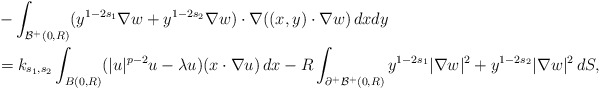
\begin{align*} &-\int_{\mathcal{B}^+(0, R)}(y^{1-2s_1} \nabla w+y^{1-2s_2} \nabla w)\cdot \nabla ((x, y) \cdot \nabla w)\,dxdy \\&= k_{s_1, s_2} \int_{B(0, R)} (|u|^{p-2}u-\lambda u)(x \cdot \nabla u) \, dx -R \int_{\partial^+\mathcal{B}^+(0, R)} y^{1-2s_1} |\nabla w|^2 + y^{1-2s_2} |\nabla w|^2\,dS,\end{align*}